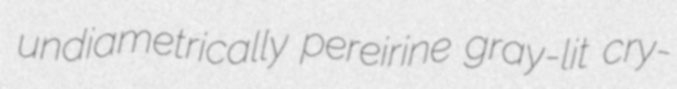
undiametrically pereirine gray-lit cry-